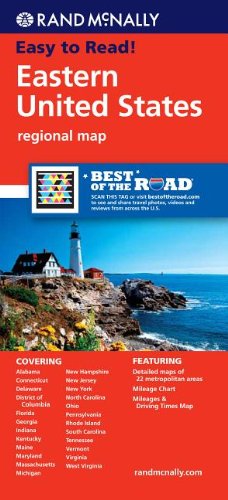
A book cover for Rand McNally Eastern United States: Regional Map; Rand McNally; Reference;